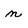
Character: n